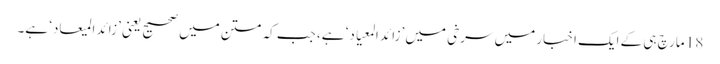
18 مارچ ہی کے ایک اخبار میں سرخی میں ’زائد المعیاد‘ ہے، جب کہ متن میں صحیح یعنی ’زائد المیعاد‘ ہے۔